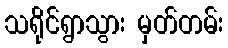
သရိုင်ရွာသွား မှတ်တမ်း